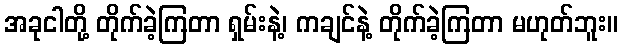
အခုငါတို့ တိုက်ခဲ့ကြတာ ရှမ်းနဲ့၊ ကချင်နဲ့ တိုက်ခဲ့ကြတာ မဟုတ်ဘူး။